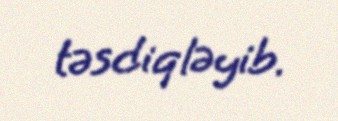
təsdiqləyib.